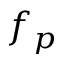
f _ { p }